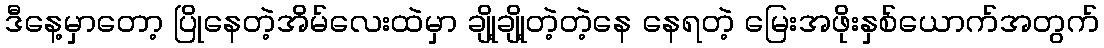
ဒီနေ့မှာတော့ ပြိုနေတဲ့အိမ်လေးထဲမှာ ချို့ချို့တဲ့တဲ့နေ နေရတဲ့ မြေးအဖိုးနှစ်ယောက်အတွက်